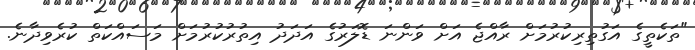
"ތަކެތީގެ އަގުތިރިކުރުމަށް ރާއްޖެ އަށް ވަންނަ ޑޮލަރުގެ އަދަދު އިތުރުކުރުމަށް މަސައްކަތް ކުރެވިދާނެ.